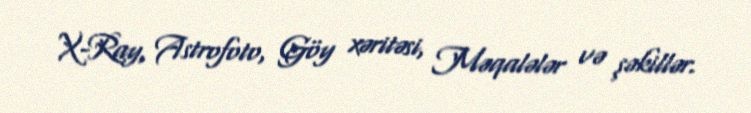
X-Ray, Astrofoto, Göy xəritəsi, Məqalələr və şəkillər.